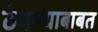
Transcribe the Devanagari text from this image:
ठेवण्याबाबत